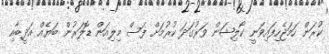
ކުރަން ހަމަޖެހިފައިވަނީ ކޯލިޝަން ވަރުގަދަ ކުރުމަށް ފަސް މިލިއަަން ޑޮލަރުން ބަޔެއް އަދީބާއި